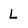
Character: L